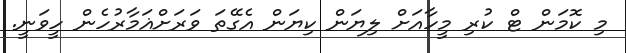
މި ކޮމަން ޓް ކުރި މީހާއަށް ލިޔަން ކިޔަން އެގޭތަ ވަރަށްޣަމާރުހެން ހީވަނީ.